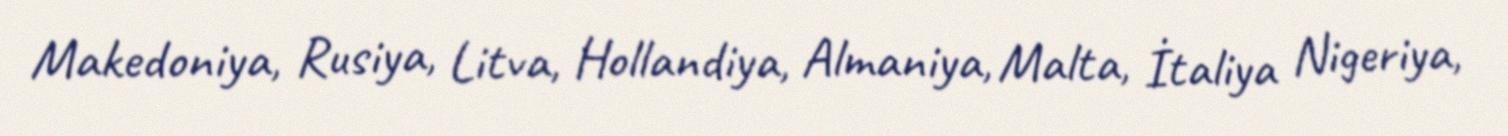
Makedoniya, Rusiya, Litva, Hollandiya, Almaniya, Malta, İtaliya Nigeriya,